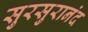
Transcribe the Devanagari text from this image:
सुरसुरानंद